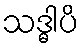
သဒ္ဓါပိ